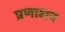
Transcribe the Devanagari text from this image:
प्रणाशन